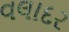
વલાદર